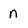
Character: n